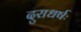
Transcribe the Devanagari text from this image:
दुराधर्षः